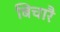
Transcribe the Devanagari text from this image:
बिचारै